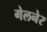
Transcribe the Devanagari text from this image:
गेलनेर